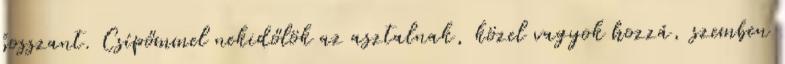
bosszant. Csípőmmel nekidőlök az asztalnak, közel vagyok hozzá, szemben